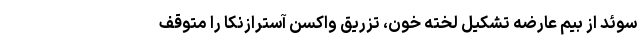
سوئد از بیم عارضه تشکیل لخته خون، تزریق واکسن آسترازنکا را متوقف